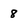
Character: 8